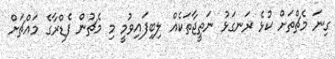
ގިނަ މެޗްތަށް ކުޅެ ރަނގަޅު ނަތީޖާތަކެއް ލިބިފައިވުމީ މި މެޗުން ފެޑްރާގެ މައްޗަށް